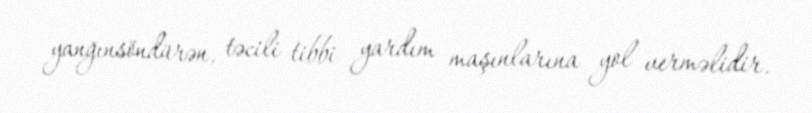
yanğınsöndürən, təcili tibbi yardım maşınlarına yol verməlidir.